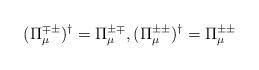
LaTeX: \begin{align*}(\Pi^{\mp\pm}_\mu)^\dag=\Pi^{\pm\mp}_\mu, (\Pi^{\pm\pm}_\mu)^\dag=\Pi^{\pm\pm}_\mu\end{align*}